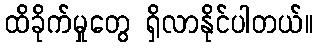
ထိခိုက်မှုတွေ ရှိလာနိုင်ပါတယ်။